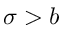
\sigma > b